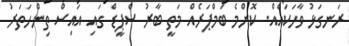
ރަނގަޅު ވާހަކައެއް. ކޮންމެ ބަމްޕަރެއް މަތީ ބާރު ސްޕީޑް ގައި އައިސް ތިންހަތަރު